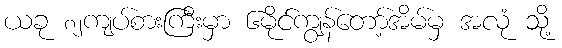
ယခု ၈၂ကျပ်စားကြီးမှာ ၆မိုင်ကျွန်တော့်အိမ်မှ အလုံ သို့